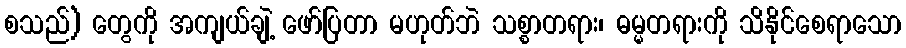
စသည်) တွေကို အကျယ်ချဲ့ ဖော်ပြတာ မဟုတ်ဘဲ သစ္စာတရား၊ ဓမ္မတရားကို သိနိုင်စေရာသော